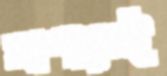
আশাতেই